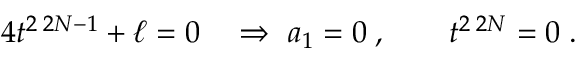
4 t ^ { 2 \; 2 N - 1 } + \ell = 0 \quad \Rightarrow \ a _ { 1 } = 0 \; , \qquad t ^ { 2 \; 2 N } = 0 \; .